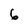
Character: 6